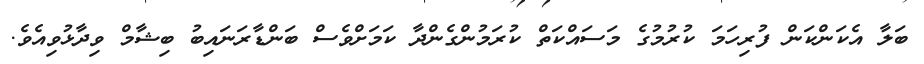
ބަލާ އެކަންކަން ފުރިހަމަ ކުރުމުގެ މަސައްކަތް ކުރަމުންގެންދާ ކަމަށްވެސް ބަންޑާރަނައިބު ބިޝާމް ވިދާޅުވިއެވެ.